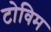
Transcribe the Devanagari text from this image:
टोविम